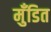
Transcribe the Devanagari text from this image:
मुँडित